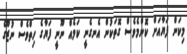
މިކަން ފަޔާއަށް ކޮންމެވެސް ގޮތަކުން އެނގެނީ ކަމެއް ނޫނީ ފަޔާގެ ހިތްވެސް ނުޒޫގެ